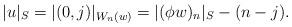
LaTeX: \begin{align*}\lvert u\rvert_S=\lvert (0,j)\rvert_{W_n(w)}=\lvert(\phi w)_n\rvert_S-(n-j).\end{align*}